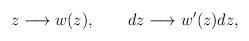
LaTeX: \begin{align*}z \longrightarrow w(z),~~~~~~dz\longrightarrow w'(z) dz, \end{align*}